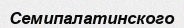
Семипалатинского